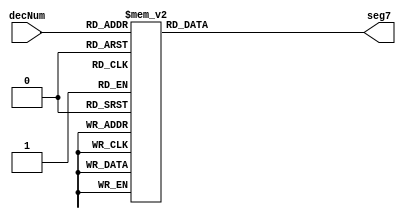
// Takes 4 bit decimal digit shows on the 7 segment
/*
Common Anode
0 = 01
1 = 4F
2 = 12
3 = 06
4 = 4C
5 = 24
6 = 20
7 = 0F
8 = 00
9 = 04

*/

module Dec2Seg(decNum, seg7);

input 		[3:0]		decNum;
output 		[6:0]		seg7;

reg			[6:0]		seg7reg;

assign seg7 = seg7reg;


always @(*) begin

	case(decNum) 
		4'h0: seg7reg = 7'b1000000;
		4'h1: seg7reg = 7'b1111001;
		4'h2: seg7reg = 7'b0100100;
		4'h3: seg7reg = 7'b0110000;
		4'h4: seg7reg = 7'b0011001;
		4'h5: seg7reg = 7'b0010010;
		4'h6: seg7reg = 7'b0000010;
		4'h7: seg7reg = 7'b1111000;
		4'h8: seg7reg = 7'b0000000;
		4'h9: seg7reg = 7'b0010000;
		4'hA: seg7reg = 7'b0001000;
		4'hB: seg7reg = 7'b0000011;
		4'hC: seg7reg = 7'b1000110;
		4'hD: seg7reg = 7'b0100001;
		4'hE: seg7reg = 7'b0000110;
		4'hF: seg7reg = 7'b0001110;
		
		default: seg7reg = 7'b1111111;
	endcase
end



endmodule